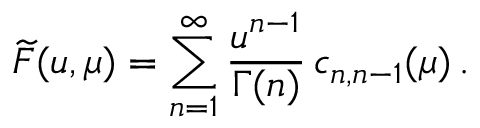
\widetilde F ( u , \mu ) = \sum _ { n = 1 } ^ { \infty } { \frac { u ^ { n - 1 } } { \Gamma ( n ) } } \, c _ { n , n - 1 } ( \mu ) \, .